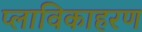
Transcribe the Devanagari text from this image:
प्लाविकाहरण